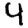
Digit: 4